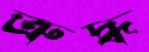
ত্রুদ্ধ